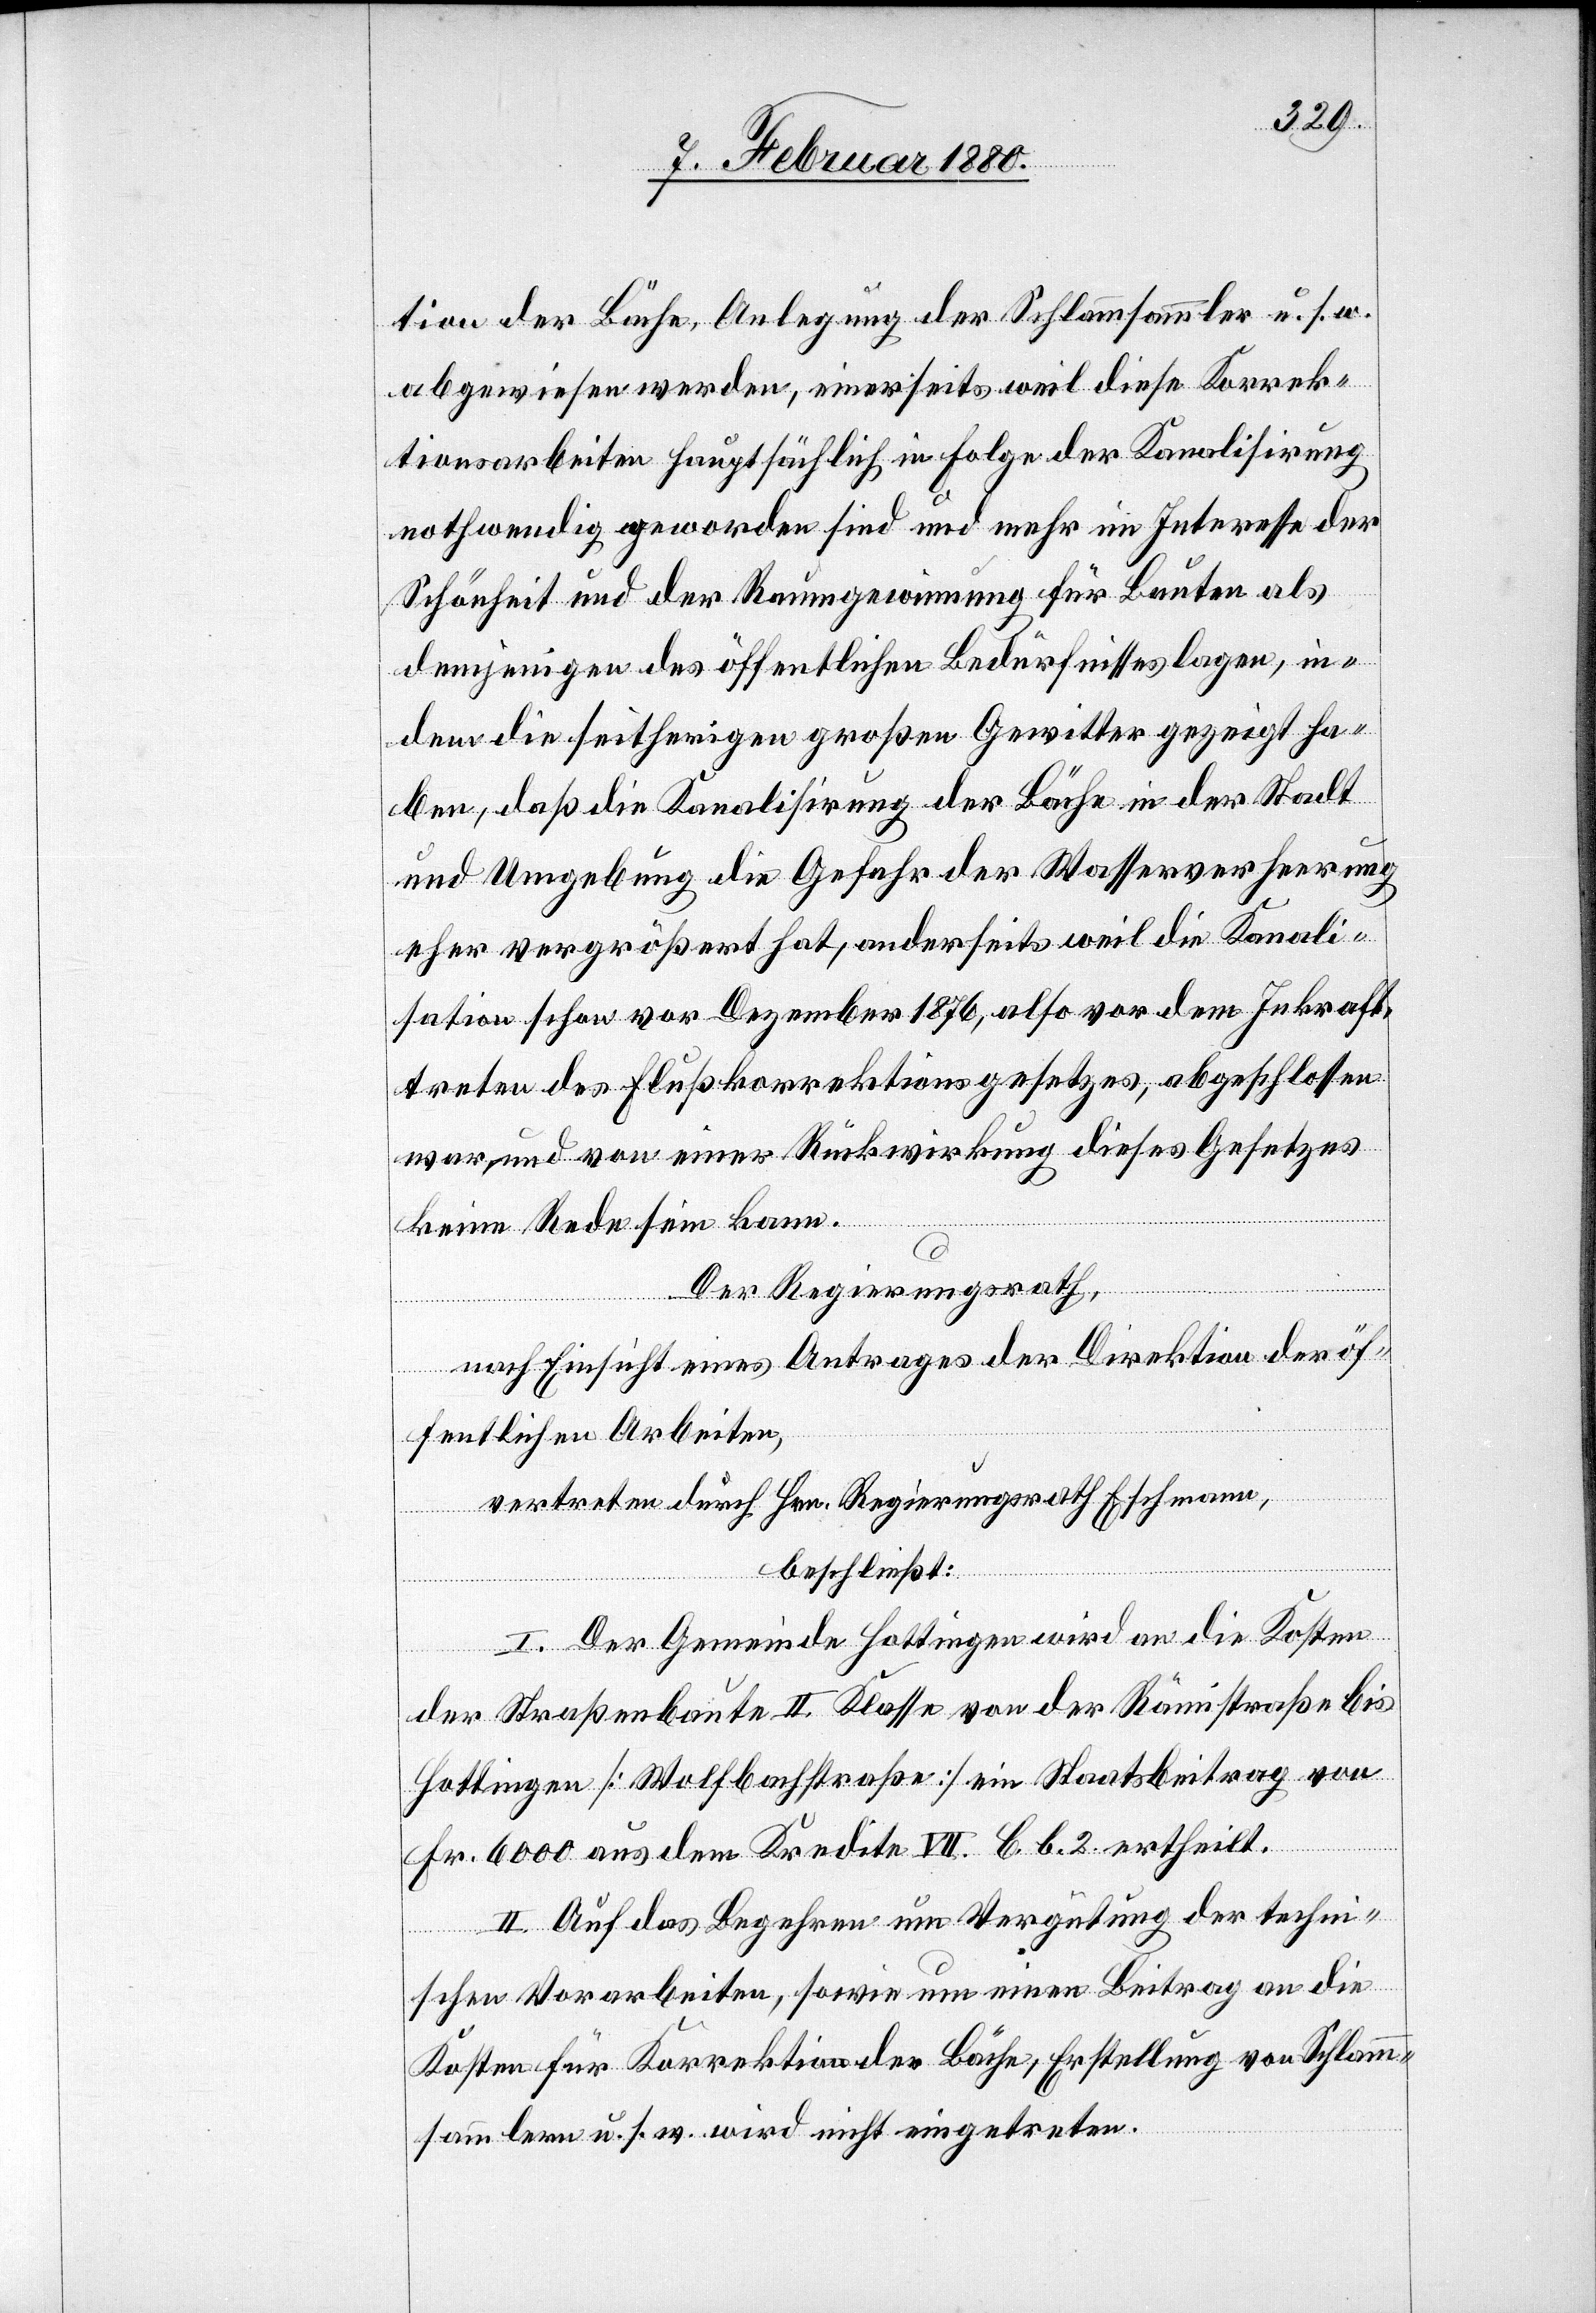
tion der Bäche, Anlegung der Schlammsammler u. s. w.
abgewiesen werden, einerseits weil diese Korrek¬
tionsarbeiten hauptsächlich in Folge der Kanalisirung
nothwendig geworden sind und mehr im Interesse der
Schönheit und der Raumgewinnung für Bauten als
demjenigen des öffentlichen Bedürfnisses lagen, in¬
dem die seitherigen großen Gewitter gezeigt ha¬
ben, daß die Kanalisirung der Bäche in der Stadt
und Umgebung die Gefahr der Wasserverheerung
eher vergrößert hat, anderseits weil die Kanali¬
sation schon vor Dezember 1876, also vor dem Inkraft¬
treten des Flußkorrektionsgesetzes, abgeschlossen
war, und von einer Rückwirkung dieses Gesetzes
keine Rede sein kann.
Der Regierungsrath,
nach Einsicht eines Antrages der Direktion der öf¬
fentlichen Arbeiten,
vertreten durch Hrn. Regierungsrath Eschmann,
beschließt:
I. Der Gemeinde Hottingen wird an die Kosten
der Straßenbaute II. Klasse von der Rämistraße bis
Hottingen [Wolfbachstraße] ein Staatsbeitrag von
Fr. 6000 aus dem Kredite VII. C. b. 2. ertheilt.
II. Auf das Begehren um Vergütung der techni¬
schen Vorarbeiten, sowie um einen Beitrag an die
Kosten für Korrektion der Bäche, Erstellung von Schlamm¬
sammlern u. s. w. wird nicht eingetreten.